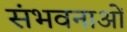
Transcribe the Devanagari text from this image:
संभवनाओं